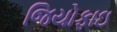
જિયોફાઇ